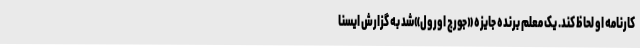
کارنامه او لحاظ کند. یک معلم برنده جایزه «جورج اورول»شد به گزارش ایسنا